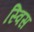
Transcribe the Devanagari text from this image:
स्‍विस